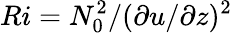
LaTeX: Ri={N_{0}^{2}}/{(\partial u/\partial z)^{2}}